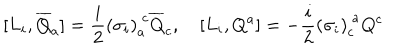
[ L _ { i } , \overline { { { Q } } } _ { a } ] = \frac { i } { 2 } { ( \sigma _ { i } ) } _ { a } ^ { ~ c } \overline { { { Q } } } _ { c } , \quad [ L _ { i } , Q ^ { a } ] = - \frac { i } { 2 } { ( \sigma _ { i } ) } _ { c } ^ { ~ a } Q ^ { c }